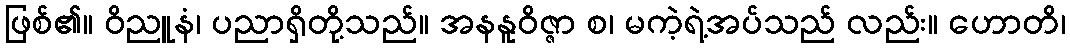
ဖြစ်၏။ ဝိညူနံ၊ ပညာရှိတို့သည်။ အနနူဝိဇ္ဇာ စ၊ မကဲ့ရဲ့အပ်သည် လည်း။ ဟောတိ၊